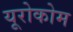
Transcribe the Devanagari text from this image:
यूरोकोम